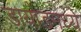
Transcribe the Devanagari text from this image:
डायोडमध्ये